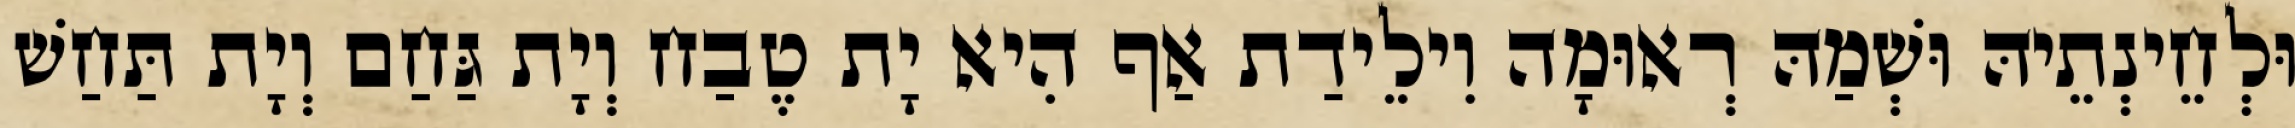
וּלְחֵינְתֵיהּ וּשְׁמַהּ רְאוּמָה וִילֵידַת אַף הִיא יָת טֶבַח וְיָת גַּחַם וְיָת תַּחַשׁ